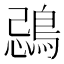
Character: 鵋